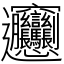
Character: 𰻞